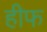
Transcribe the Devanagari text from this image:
हीफ